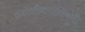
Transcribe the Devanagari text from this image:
सडोलीकरांविषयी